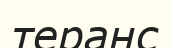
теранс